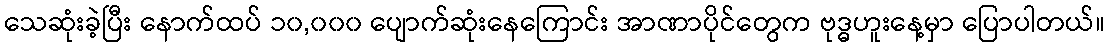
သေဆုံးခဲ့ပြီး နောက်ထပ် ၁၀,၀၀၀ ပျောက်ဆုံးနေကြောင်း အာဏာပိုင်တွေက ဗုဒ္ဓဟူးနေ့မှာ ပြောပါတယ်။